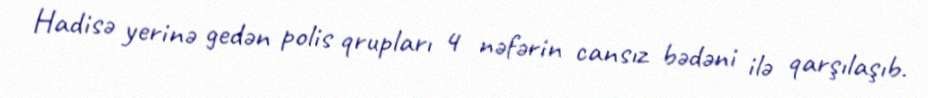
Hadisə yerinə gedən polis qrupları 4 nəfərin cansız bədəni ilə qarşılaşıb.